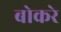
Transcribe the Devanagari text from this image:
बोकरे